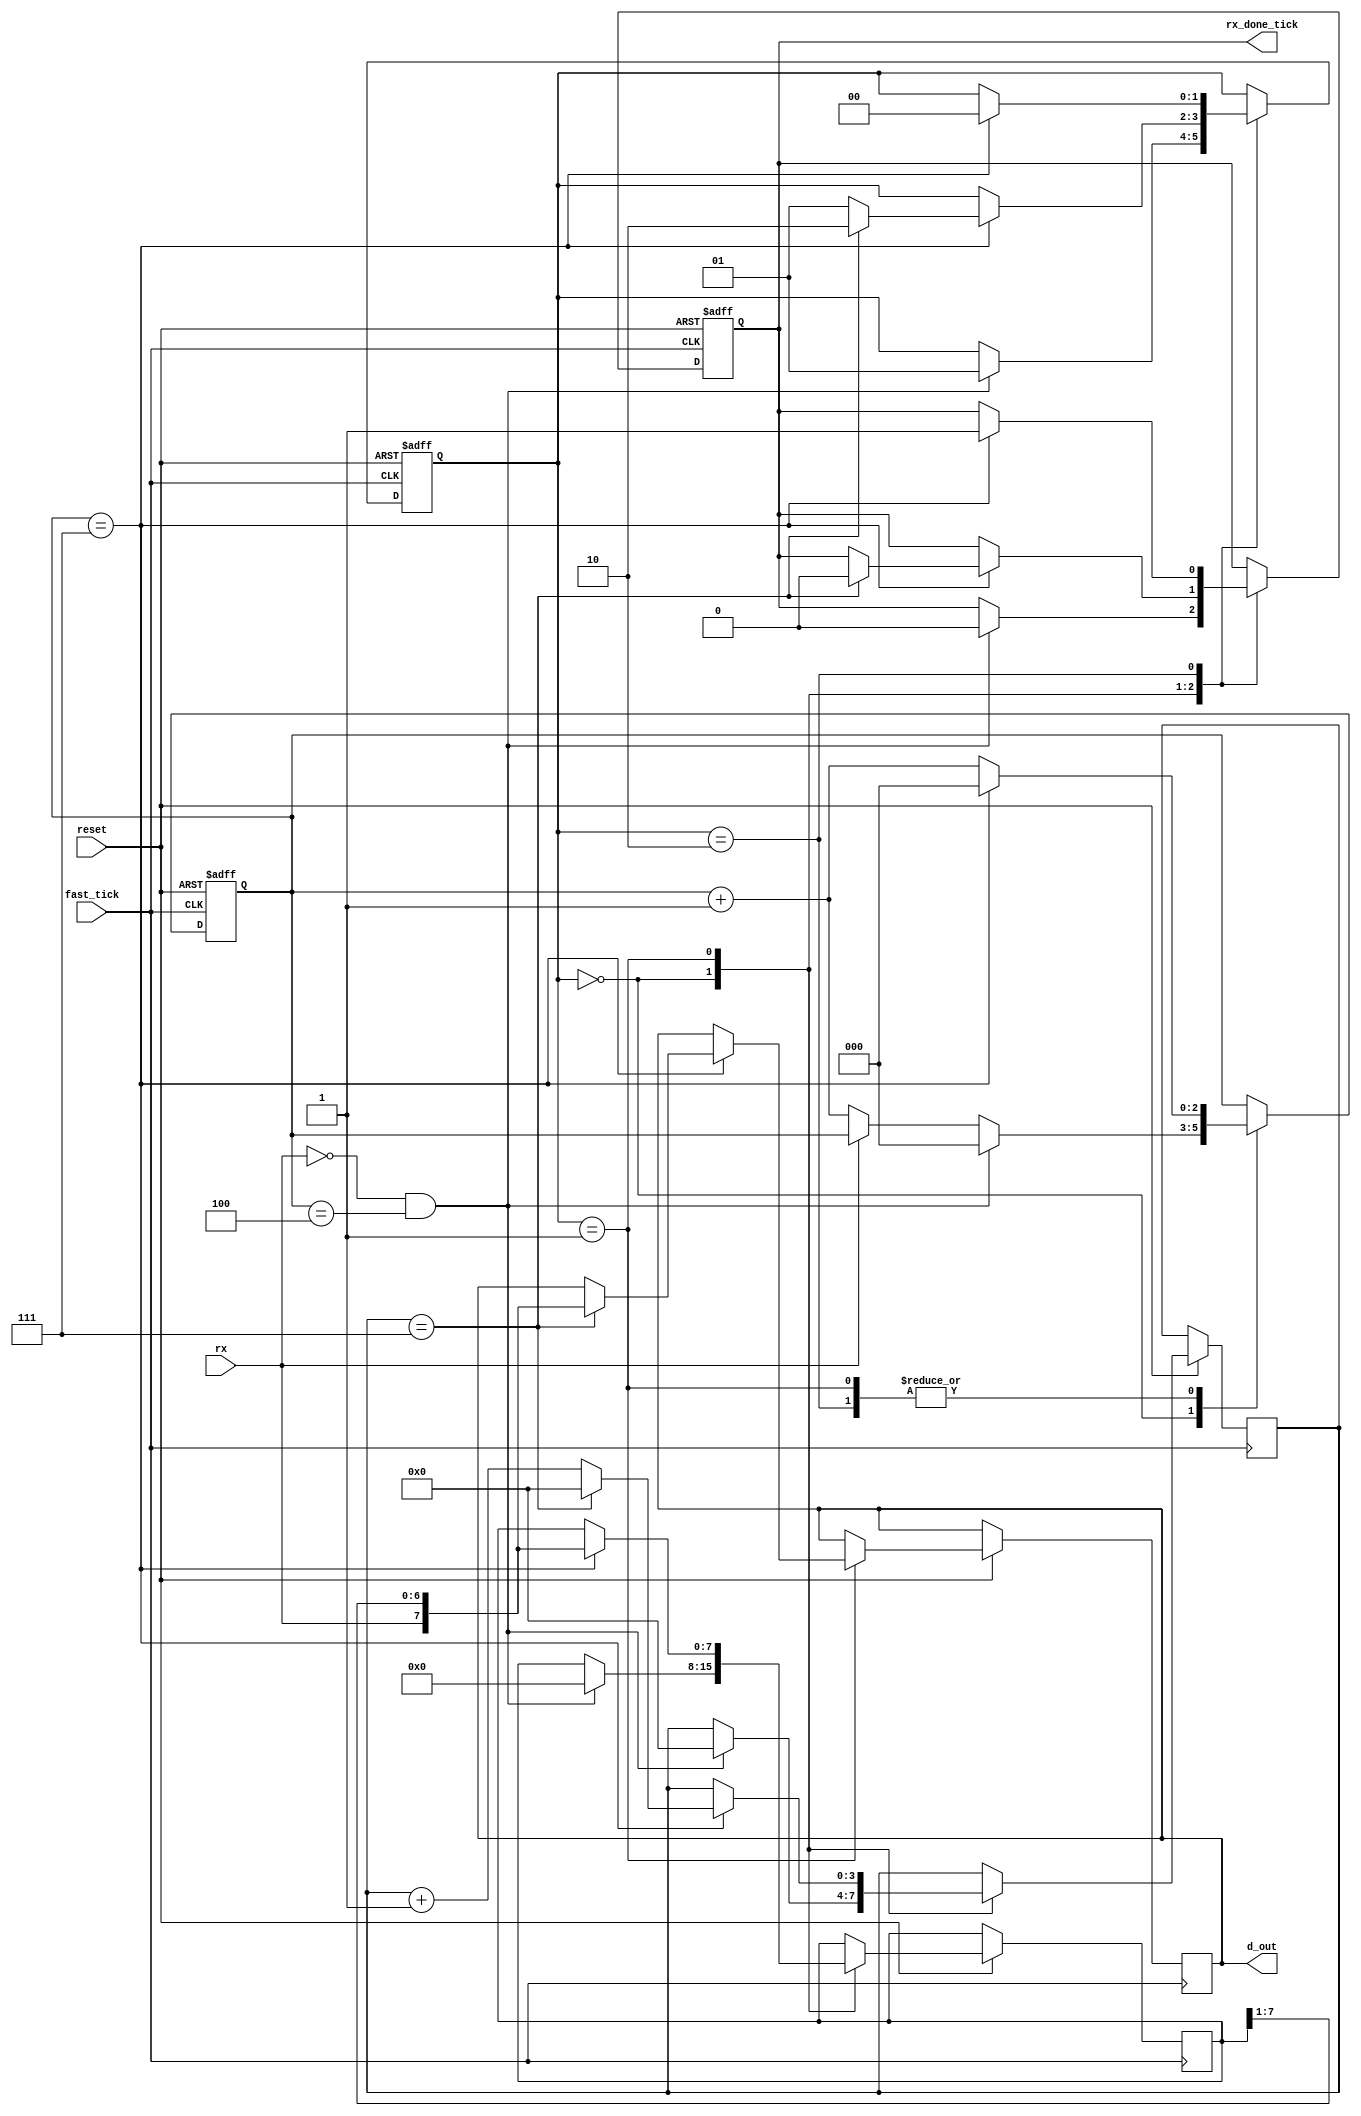
module uart_rec(input rx, input fast_tick, input reset, output reg [7:0] d_out, output reg rx_done_tick);
	parameter IDLE = 2'b00,
				 DATA = 2'b01,
				 STOP = 2'b10;

	reg [2:0] counter = 3'd0;
	reg [1:0] state = IDLE;
	reg [3:0] bit_count = 4'd0;
	reg [7:0] d_to_go_out;
		
	always @(posedge fast_tick, negedge reset) begin
		if(!reset) begin
			state <= IDLE;
			counter <= 4'd0;
			rx_done_tick <= 1;
		end
		else begin
			case(state)
				IDLE:
				begin
					//We are in the middle of the beginning
					if(rx == 1'b0 && counter == 3'd4) begin
						rx_done_tick <= 1'b0;
						state <= DATA;
						d_to_go_out <= 8'd0;
						counter <= 3'd0;
						bit_count <= 4'd0;		
					end
					else if(rx == 1'b0) begin
						counter <= counter + 1'b1;
					end
				end
				DATA:
					if(counter == 3'd7) begin
						state <= DATA;
						//Add bit as most significant bit
						d_to_go_out <= {rx, d_to_go_out[7:1]};
						bit_count <= bit_count + 1'b1;
						counter <= 4'd0;
						if(bit_count == 4'd7) begin
							state <= STOP;
							bit_count <= 4'd0;
							rx_done_tick <= 1'b0;
							d_out <= { rx, d_to_go_out[7:1] };
						end
					end
					else begin
						counter <= counter + 1'b1;
					end
				STOP:
					if(counter == 3'd7) begin
						rx_done_tick <= 1'b1;
						state <= IDLE;
						counter <= 3'd0;
					end 
					else begin
						counter <= counter + 1'b1;
					end	
			endcase
		end
	end
endmodule